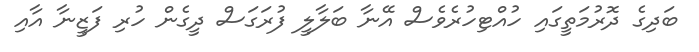
ބަދިގެ ދޮރުމަތީގައި ހުއްޓިހުރެވެސް އޭނާ ބަލާލީ ފުރަގަސް ދީގެން ހުރި ފަޒީނާ އާއި